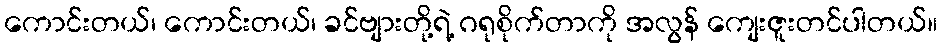
ကောင်းတယ်၊ ကောင်းတယ်၊ ခင်ဗျားတို့ရဲ့ ဂရုစိုက်တာကို အလွန် ကျေးဇူးတင်ပါတယ်။